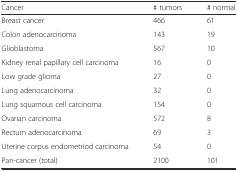
| Cancer | # tumors | # normal |
 | --- | --- | --- |
 | Breast cancer | 466 | 61 |
 | Colon adenocarcinoma | 143 | 19 |
 | Glioblastoma | 567 | 10 |
 | Kidney renal papillary cell carcinoma | 16 | 0 |
 | Low grade glioma | 27 | 0 |
 | Lung adenocarcinoma | 32 | 0 |
 | Lung squamous cell carcinoma | 154 | 0 |
 | Ovarian carcinoma | 572 | 8 |
 | Rectum adenocarcinoma | 69 | 3 |
 | Uterine corpus endometriod carcinoma | 54 | 0 |
 | Pan-cancer (total) | 2100 | 101 |